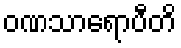
ဝဏသာရောပီတိ